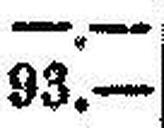
93.—